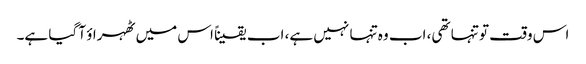
اس وقت تو تنہا تھی، اب وہ تنہا نہیں ہے، اب یقیناً اس میں ٹھہراؤ آ گیا ہے۔